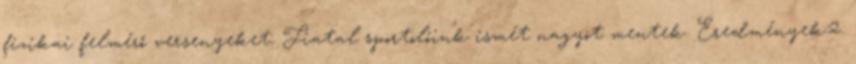
fizikai felmérő versenyeket. Fiatal sportolóink ismét nagyot mentek. Eredmények:2.